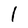
Character: l